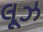
લૂઝ